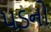
પડનો